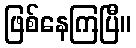
ဖြစ်နေကြပြီ။